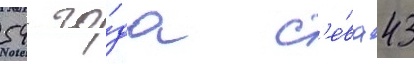
54 го́да с'е́ва 43